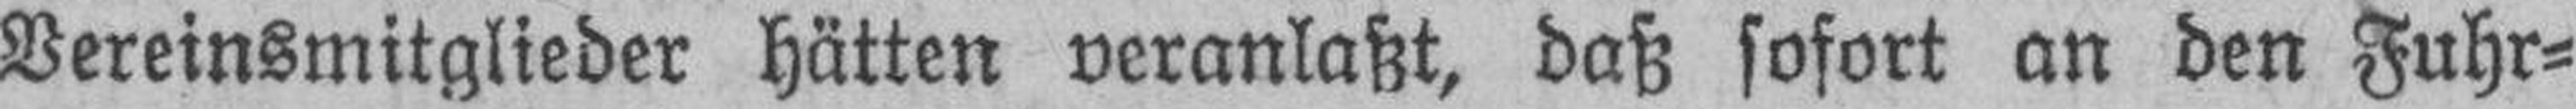
Vereinsmitglieder hätten veranlaßt, daß sofort an den Fuhr¬